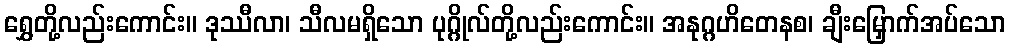
ရွှေတို့လည်းကောင်း။ ဒုဿီလာ၊ သီလမရှိသော ပုဂ္ဂိုလ်တို့လည်းကောင်း။ အနုဂ္ဂဟိတေနစ၊ ချီးမြှောက်အပ်သော